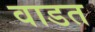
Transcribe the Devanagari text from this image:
वाडत